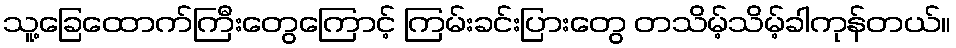
သူ့ခြေထောက်ကြီးတွေကြောင့် ကြမ်းခင်းပြားတွေ တသိမ့်သိမ့်ခါကုန်တယ်။